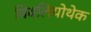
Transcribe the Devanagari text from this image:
बिबलियोथेक